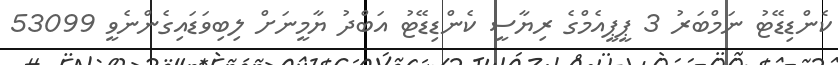
ކެންޑިޑޭޓު ނަމްބަރު 3 ޕީޕީއެމްގެ ރިޔާސީ ކެންޑިޑޭޓު އަބްދު ޔާމީނަށް ލިބިވަޑައިގެންނެވީ 53099